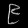
Digit: ၉